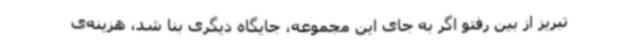
تبریز از بین رفتو اگر به جای این مجموعه، جایگاه دیگری بنا شد، هزینه‌ی